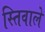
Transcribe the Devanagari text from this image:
स्तिवाले